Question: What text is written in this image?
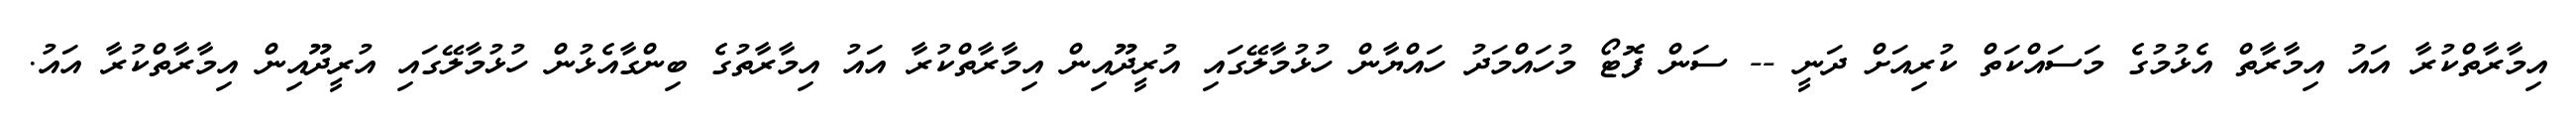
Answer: އިމާރާތްކުރާ އައު އިމާރާތް އެޅުމުގެ މަސައްކަތް ކުރިއަށް ދަނީ -- ސަން ފޮޓޯ މުހައްމަދު ހައްޔާން ހުޅުމާލޭގައި އުރީދޫއިން އިމާރާތްކުރާ އައު އިމާރާތުގެ ބިންގާއެޅުން ހުޅުމާލޭގައި އުރީދޫއިން އިމާރާތްކުރާ އައު.